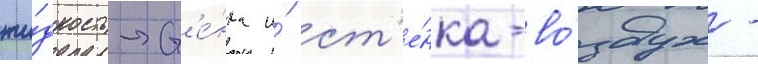
жи́дкость-ст'е́нка и́ ст'е́нка-во́здух -